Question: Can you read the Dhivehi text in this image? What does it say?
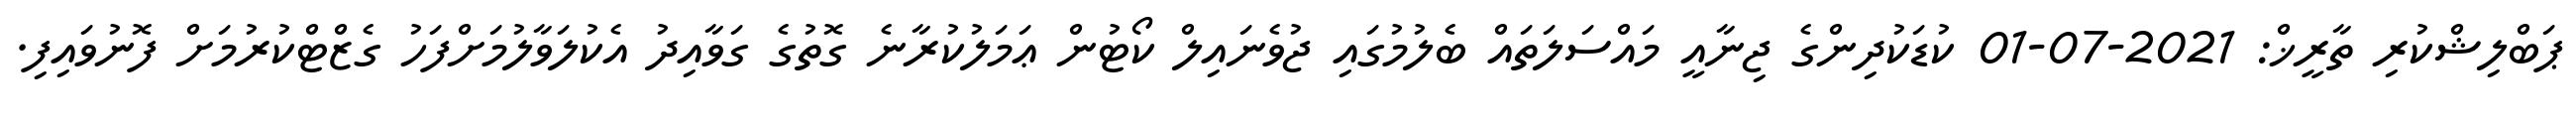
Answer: ޕަބްލިޝްކުރި ތާރީޚް: 2021-07-01 ކުޑަކުދިންގެ ޖިނާއީ މައްސަލަތައް ބެލުމުގައި ޖުވެނައިލް ކޯޓުން ޢަމަލުކުރާނެ ގޮތުގެ ގަވާއިދު އެކުލަވާލުމަށްފަހު ގެޒްޓްކުރުމަށް ފޮނުވައިފި.